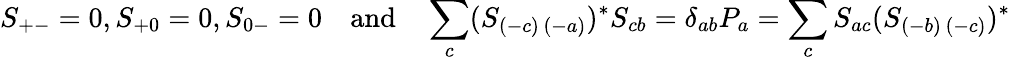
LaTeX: S_{+-}=0,S_{+0}=0,S_{0-}=0\quad\mathrm{and}\quad\sum_{c}(S_{(-c)\, (-a)})^{\ast}S_{cb}=\delta_{ab}P_{a}=\sum_{c}S_{ac}(S_{(-b)\, (-c)})^{\ast}